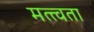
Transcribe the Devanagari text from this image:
मत्त्वता